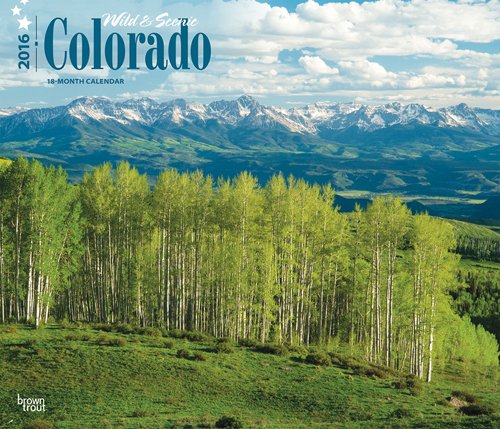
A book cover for Colorado, Wild & Scenic 2016 Deluxe (Multilingual Edition); Browntrout Publishers; Calendars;